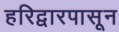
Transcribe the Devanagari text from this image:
हरिद्वारपासून